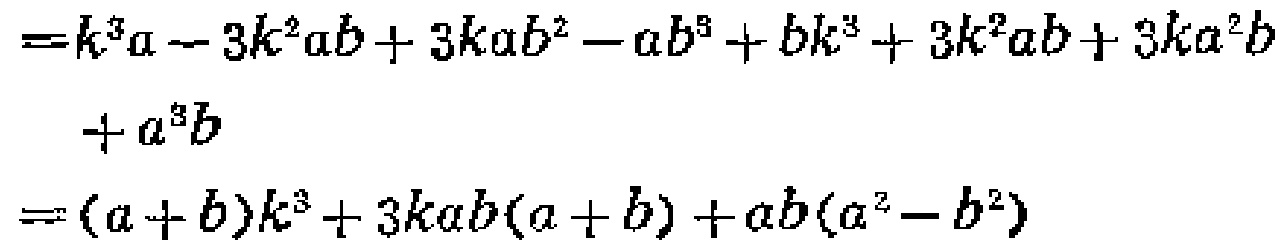
\[

\begin{align*}

=&k^{3}a - 3k^{2}ab + 3kab^{2}-ab^{3}+bk^{3}+ 3k^{2}ab + 3ka^{2}b\\

&+a^{3}b\\

=&(a + b)k^{3}+3kab(a + b)+ab(a^{2}-b^{2})

\end{align*}

\]